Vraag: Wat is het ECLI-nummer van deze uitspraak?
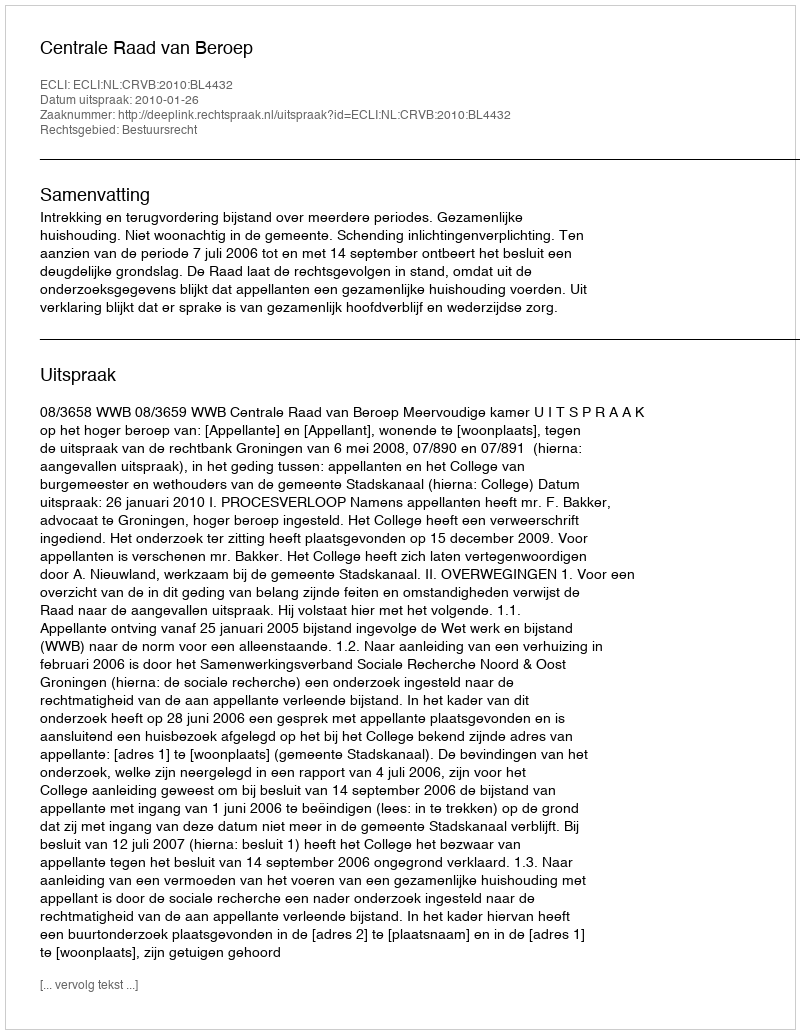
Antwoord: ECLI:NL:CRVB:2010:BL4432